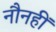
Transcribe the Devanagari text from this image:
नौनहीं